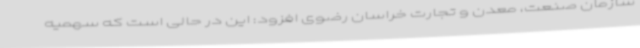
سازمان صنعت، معدن و تجارت خراسان رضوی افزود: این در حالی است که سهمیه